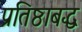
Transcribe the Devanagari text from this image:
प्रतिष्ठाबद्ध